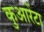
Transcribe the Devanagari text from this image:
कुआरेंटा